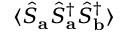
\langle \hat { S } _ { \mathbf { a } } \hat { S } _ { \mathbf { a } } ^ { \dagger } \hat { S } _ { \mathbf { b } } ^ { \dagger } \rangle